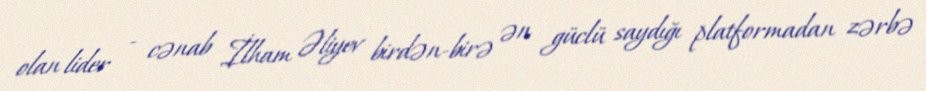
olan lider - cənab İlham Əliyev birdən-birə ən güclü saydığı platformadan zərbə